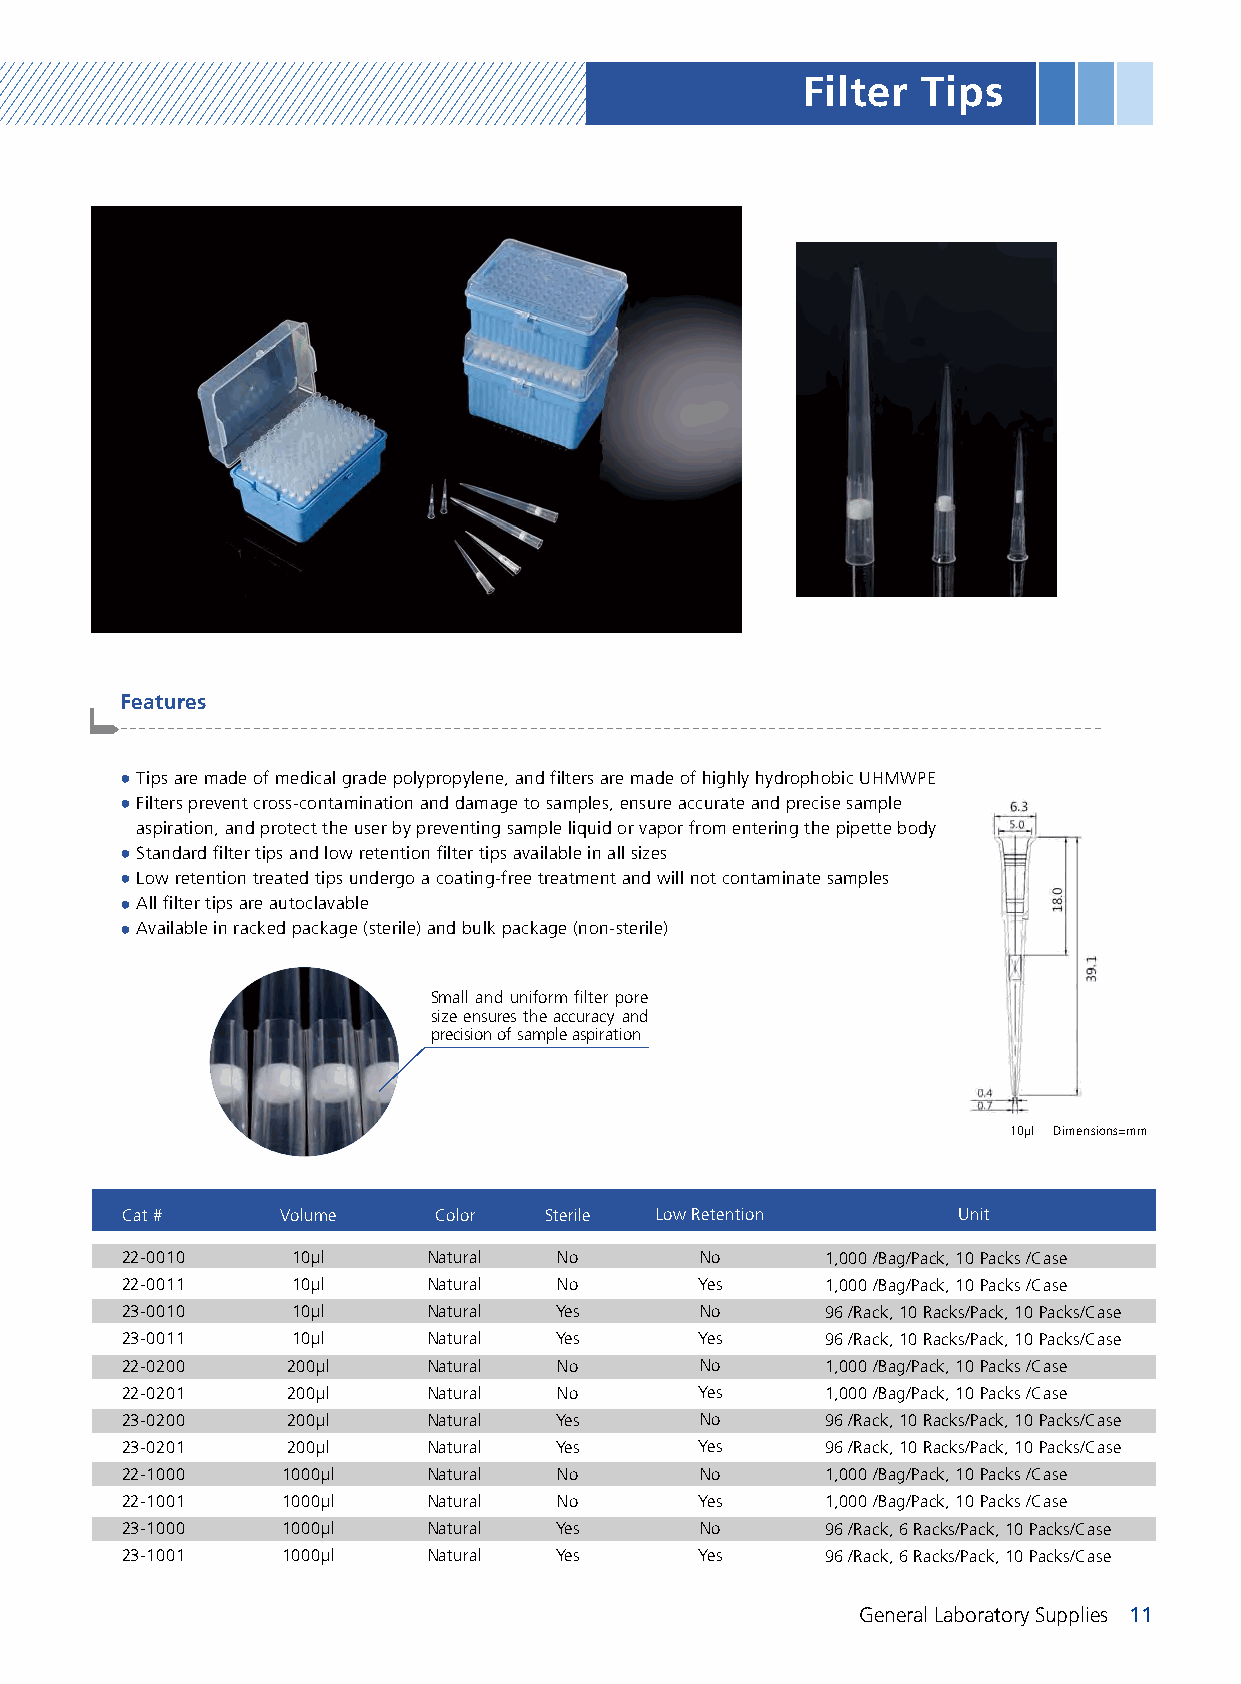
Filter  Tips
 Features
 -------------------------------------------------------------------------------------------------------
 ● Tips are made of medical grade polypropylene, and filters are made of highly hydrophobic UHMWPE
 ● Filters prevent cross-contamination and damage to samples, ensure accurate and precise sample
 aspiration, and protect the user by preventing sample liquid or vapor from entering the pipette body
 ● Standard filter tips and low retention filter tips available in all sizes
 ● Low retention treated tips undergo a coating-free treatment and will not contaminate samples
 ● All filter tips are autoclavable
 ● Available in racked package (sterile) and bulk package (non-sterile)
 Small and uniform filter pore
 size ensures the accuracy and
 precision of sample aspiration
 10µl Dimensions=mm
 Cat #      Volume    Color  Sterile Low Retention      Unit
 22-0010    10µl     Natural  No       No       1,000 /Bag/Pack, 10 Packs /Case
 22-0011    10µl     Natural  No       Yes      1,000 /Bag/Pack, 10 Packs /Case
 23-0010    10µl     Natural  Yes      No       96 /Rack, 10 Racks/Pack, 10 Packs/Case
 23-0011    10µl     Natural  Yes      Yes      96 /Rack, 10 Racks/Pack, 10 Packs/Case
 22-0200    200µl    Natural  No       No       1,000 /Bag/Pack, 10 Packs /Case
 22-0201    200µl    Natural  No       Yes      1,000 /Bag/Pack, 10 Packs /Case
 23-0200    200µl    Natural  Yes      No       96 /Rack, 10 Racks/Pack, 10 Packs/Case
 23-0201    200µl    Natural  Yes      Yes      96 /Rack, 10 Racks/Pack, 10 Packs/Case
 22-1000    1000µl   Natural  No       No       1,000 /Bag/Pack, 10 Packs /Case
 22-1001    1000µl   Natural  No       Yes      1,000 /Bag/Pack, 10 Packs /Case
 23-1000    1000µl   Natural  Yes      No       96 /Rack, 6 Racks/Pack, 10 Packs/Case
 23-1001    1000µl   Natural  Yes      Yes      96 /Rack, 6 Racks/Pack, 10 Packs/Case
 General Laboratory Supplies 11